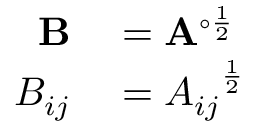
\begin{array} { r l } { \mathbf { B } } & { { } = \mathbf { A } ^ { \circ { \frac { 1 } { 2 } } } } \\ { B _ { i j } } & { { } = { A _ { i j } } ^ { \frac { 1 } { 2 } } } \end{array}